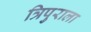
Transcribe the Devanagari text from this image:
त्रिपुराला